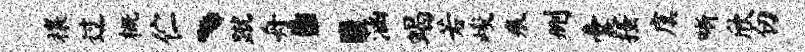
禳过概伫丶蹴舟：涵蝎若峻痕删囊搔虞晰欣仞